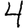
Digit: 4